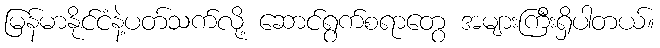
မြန်မာနိုင်ငံနဲ့ပတ်သက်လို့ ဆောင်ရွက်စရာတွေ အများကြီးရှိပါတယ်။